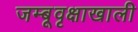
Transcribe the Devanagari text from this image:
जम्बूवृक्षाखाली